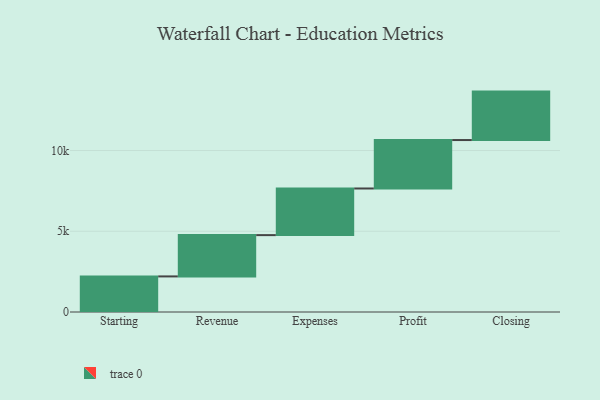
{"axis": {"x": "Step", "y": "Value"}, "legend": [""], "data": [{"x": "Starting", "y": 2204.0, "type": ""}, {"x": "Revenue", "y": 2557.0, "type": ""}, {"x": "Expenses", "y": 2888.0, "type": ""}, {"x": "Profit", "y": 3000, "type": ""}, {"x": "Closing", "y": 3000, "type": ""}]}